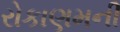
રોકાણમની